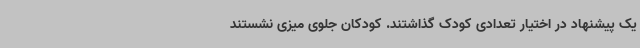
یک پیشنهاد در اختیار تعدادی کودک گذاشتند. کودکان جلوی میزی نشستند